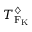
T _ { \mathrm { F _ { \mathrm { K } } } } ^ { \diamondsuit }